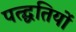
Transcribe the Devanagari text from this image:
पत्द्धतियों